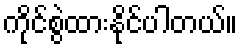
ကိုင်စွဲထားနိုင်ပါတယ်။